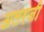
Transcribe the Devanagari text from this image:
अलरजी